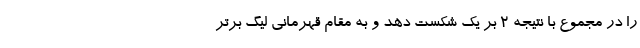
را در مجموع با نتیجه ۲ بر یک شکست دهد و به مقام قهرمانی لیگ برتر